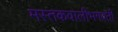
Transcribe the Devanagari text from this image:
मस्तकवालीभगवती